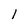
Character: 1